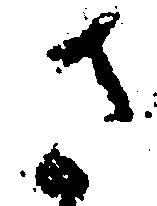
さ